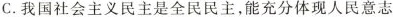
C.我国社会主义民主是全民民主，能充分体现人民意志